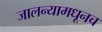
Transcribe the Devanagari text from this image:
जालन्यामधूनच